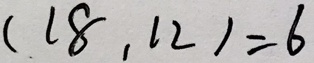
( 1 8 . 1 2 ) = 6